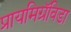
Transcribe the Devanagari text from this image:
प्रायमिग्रॅविडा